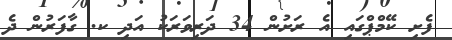
ފެށި ކޭމްްޕްގައި އެ ރަށުން 34 ދަރިވަރަކު އަދި ކ. ގާފަރުން ދެ